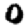
Digit: 0